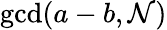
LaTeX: \operatorname*{gcd}(a-b,\mathcal{N})